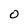
Character: O